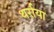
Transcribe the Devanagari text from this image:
थर्राया